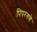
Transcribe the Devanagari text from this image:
पिपरगणे